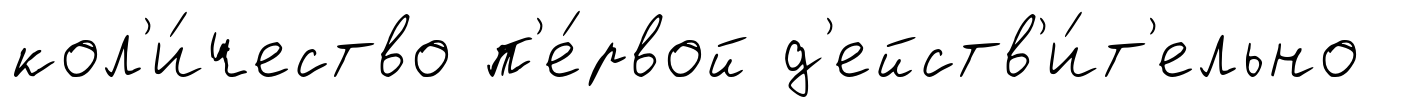
кол'и́чество п'е́рвой д'ейств'и́т'ельно